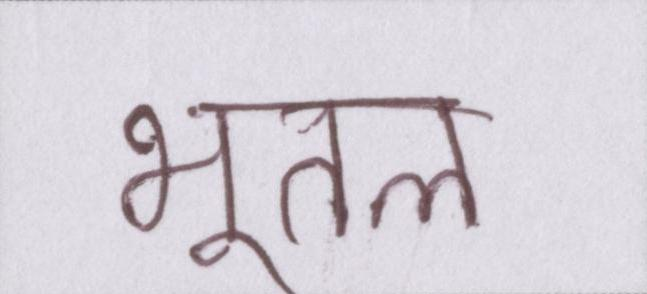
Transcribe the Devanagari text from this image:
भूतल